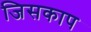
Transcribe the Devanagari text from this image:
जिसकाप